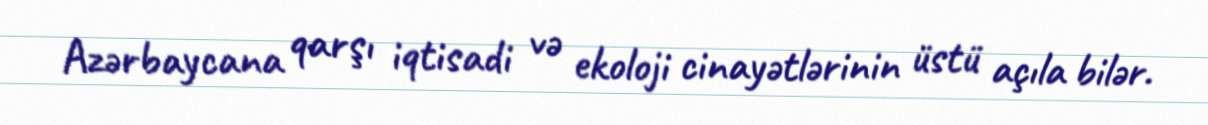
Azərbaycana qarşı iqtisadi və ekoloji cinayətlərinin üstü açıla bilər.